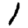
Digit: 1